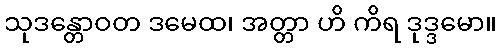
သုဒန္တောဝတ ဒမေထ၊ အတ္တာ ဟိ ကိရ ဒုဒ္ဒမော။